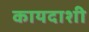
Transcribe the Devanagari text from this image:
कायदाशी